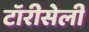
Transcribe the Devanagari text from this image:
टॉरीसेली